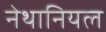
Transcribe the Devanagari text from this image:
नेथानियल